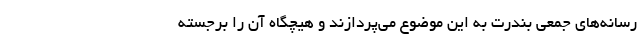
رسانه‌های جمعی بندرت به این موضوع می‌پردازند و هیچگاه آن را برجسته